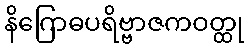
နိဂြောဓပရိဗ္ဗာဇကဝတ္ထု